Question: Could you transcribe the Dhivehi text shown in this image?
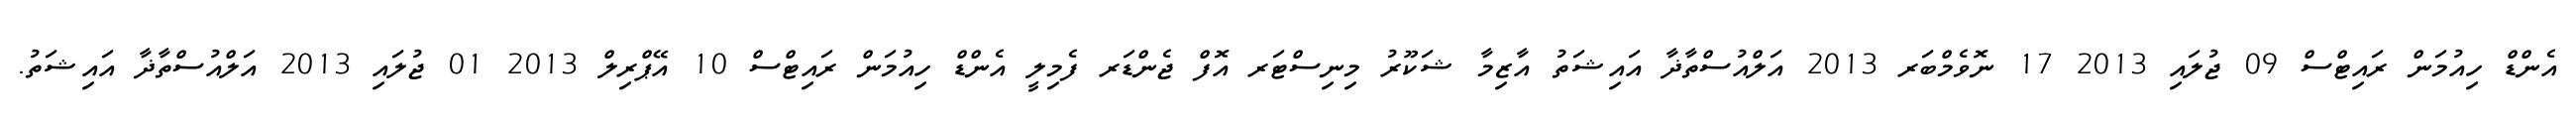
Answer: އެންޑް ހިއުމަން ރައިޓްސް 09 ޖުލައި 2013 17 ނޮވެމްބަރ 2013 އަލްއުސްތާޛާ އައިޝަތު އާޒިމާ ޝަކޫރު މިނިސްޓަރ އޮފް ޖެންޑަރ ފެމިލީ އެންޑް ހިއުމަން ރައިޓްސް 10 އޭޕްރިލް 2013 01 ޖުލައި 2013 އަލްއުސްތާޛާ އައިޝަތު.